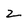
Character: z